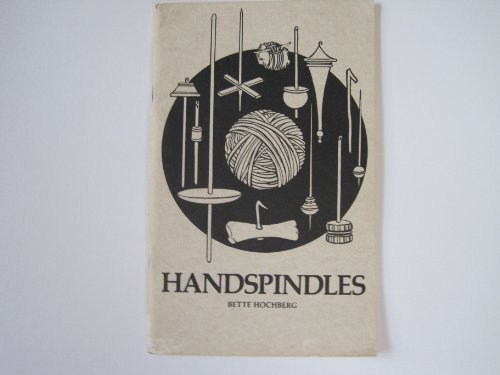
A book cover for Handspindles; Bette Hochberg; Crafts, Hobbies & Home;